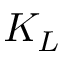
K _ { L }